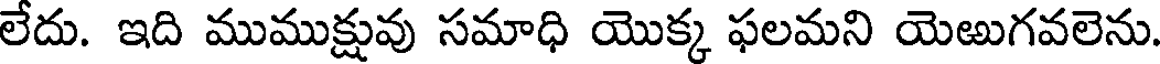
లేదు. ఇది ముముక్షువు సమాధి యొక్క ఫలమని యెఱుగవలెను.